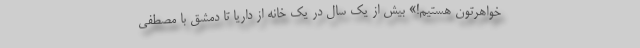
خواهرتون هستیم!» بیش از یک سال در یک خانه از داریا تا دمشق با مصطفی